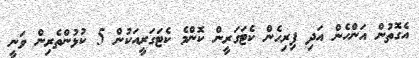
އެގޮތުން އަންހެން އަދި ފިރިހެން ކެޓަގަރީން ކޮންމެ ކެޓަގަރީއަކުން 5 ކުޅުންތެރިން ވަނީ